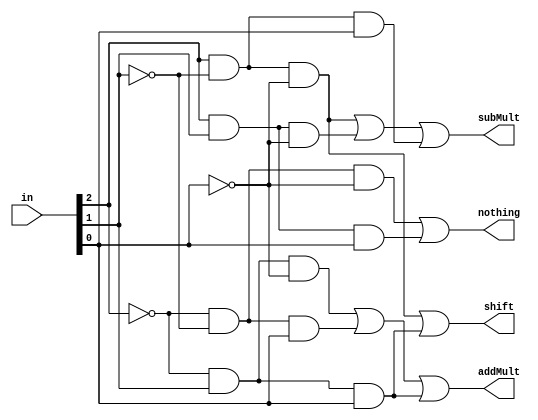
module controlBooth(addMult, subMult, shift, nothing, in);
    input [31:0] in;
    output addMult, subMult, shift, nothing;
    wire doNothing000;
    wire subMultShift100;
    wire addMult010;
    wire subMult110;
    wire addMult001;
    wire subMult101;
    wire addMultShift011;
    wire doNothing111;
    
    //Booth Algorithm
    assign doNothing000 = ~in[2] & ~in[1] & ~in[0];
    assign subMultShift100 = in[2] & ~in[1] & ~in[0];
    assign addMult010 = ~in[2] & in[1] & ~in[0];
    assign subMult110 = in[2] & in[1] & ~in[0];
    assign addMult001 = ~in[2] & ~in[1] & in[0];
    assign subMult101 = in[2] & ~in[1] & in[0];
    assign addMultShift011 = ~in[2] & in[1] & in[0];
    assign doNothing111 = in[2] & in[1] & in[0];

    assign addMult = addMult010 | addMult001 | addMultShift011;
    assign subMult = subMultShift100 | subMult110 | subMult101;
    assign shift = subMultShift100 | addMultShift011;
    assign nothing = doNothing000 | doNothing111;


endmodule